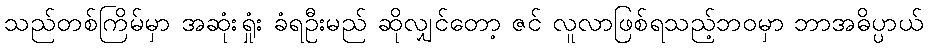
သည်တစ်ကြိမ်မှာ အဆုံးရှုံး ခံရဦးမည် ဆိုလျှင်တော့ ဇင် လူလာဖြစ်ရသည့်ဘဝမှာ ဘာအဓိပ္ပာယ်